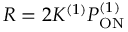
R = 2 K ^ { ( 1 ) } P _ { \mathrm { O N } } ^ { ( 1 ) }